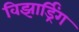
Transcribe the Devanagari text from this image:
विझार्ड्रिंग